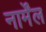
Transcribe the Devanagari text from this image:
नार्मेंल